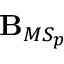
\mathbf { B } _ { M S _ { p } }